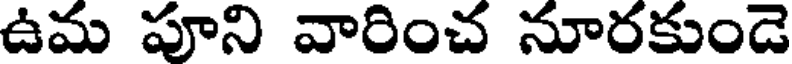
ఉమ పూని వారించ నూరకుండె